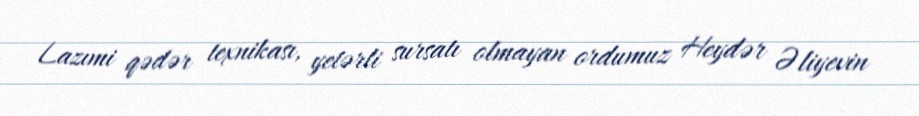
Lazımi qədər texnikası, yetərli sursatı olmayan ordumuz Heydər Əliyevin